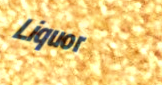
Liquor